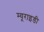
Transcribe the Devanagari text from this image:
म्यूराइडी